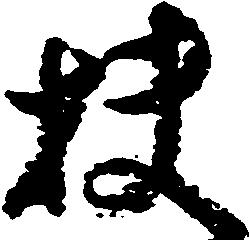
扶